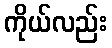
ကိုယ်လည်း